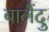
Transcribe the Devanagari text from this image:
बालेंदु